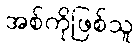
အစ်ကိုဖြစ်သူ